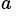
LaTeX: ^{a\, }